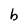
Character: b